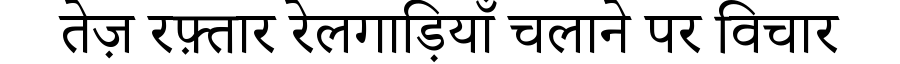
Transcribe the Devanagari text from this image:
तेज़ रफ़्तार रेलगाड़ियाँ चलाने पर विचार